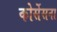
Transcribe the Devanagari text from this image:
कोर्सेसना